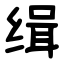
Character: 缉